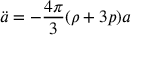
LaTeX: \ddot { a } = - { \frac { 4 \pi } { 3 } } ( \rho + 3 p ) a